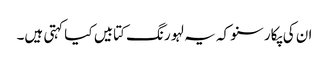
ان کی پکار سنو کہ یہ لہو رنگ کتابیں کیا کہتی ہیں۔